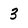
Character: 3